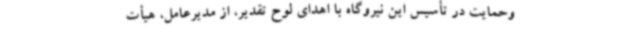
وحمایت در تأسیس این نیروگاه با اهدای لوح تقدیر، از مدیرعامل، هیأت